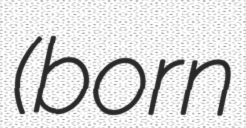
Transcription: (born